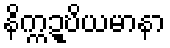
နိက္ကဍ္ဎိယမာနာ